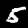
Digit: 5